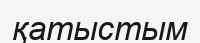
қатыстым